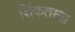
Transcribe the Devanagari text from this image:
शिंकताना